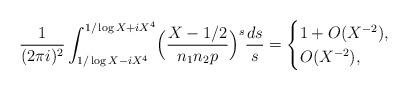
LaTeX: \begin{align*}\frac{1}{(2\pi i)^2}\int_{1/\log{X}-i X^4}^{1/\log{X}+i X^4}\Bigl(\frac{X-1/2}{n_1n_2p}\Bigr)^{s}\frac{d s}{s}=\begin{cases}1+O(X^{-2}),&\\O(X^{-2}), &\end{cases}\end{align*}